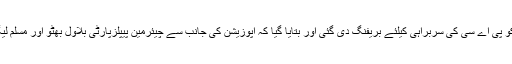
تاہم آج جب وزیراعظم عمران خان کو پی اے سی کی سربراہی کیلئے بریفنگ دی گئی اور بتایا گیا کہ اپوزیشن کی جانب سے چیئرمین پیپلزپارٹی بلاول بھٹو اور مسلم لیگ ن کے خواجہ آصف کانام آیا ہے۔